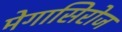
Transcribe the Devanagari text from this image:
मेगासिरोज